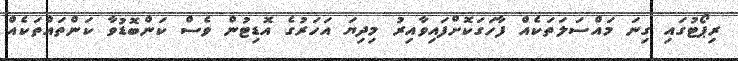
ރިޕޯޓުގައި ގިނަ މައްސަލަތަކެއް ފާހަގަކޮށްފައިވާއިރު މިދިޔަ އަހަރުގެ އޮޑިޓުން ވެސް ކަންބޮޑުވާ ކަންތައްތަކެއް